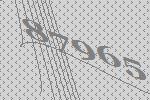
87965